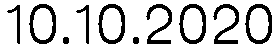
10.10.2020